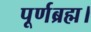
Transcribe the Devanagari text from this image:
पूर्णब्रह्म।